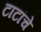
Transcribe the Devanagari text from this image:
टाटांचे